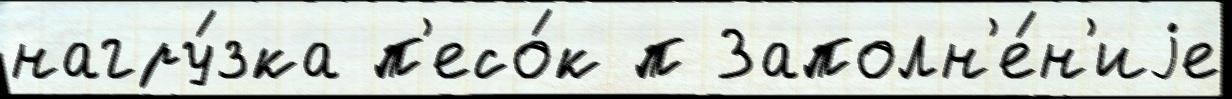
нагру́зка п'есо́к п Заполн'е́н'иjе